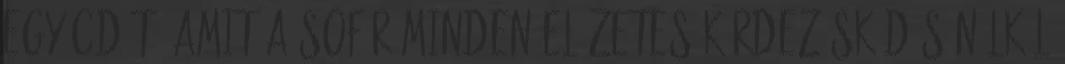
egy cd-t, amit a sofőr minden előzetes kérdezősködés nélkül